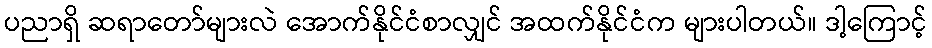
ပညာရှိ ဆရာတော်များလဲ အောက်နိုင်ငံစာလျှင် အထက်နိုင်ငံက များပါတယ်။ ဒါ့ကြောင့်